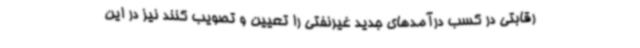
رقابتی در کسب درآمدهای جدید غیرنفتی را تعیین و تصویب کنند نیز در این